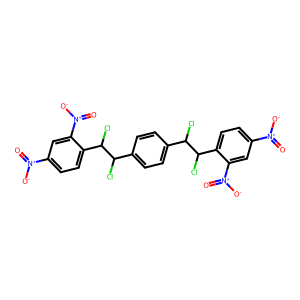
SMILES: O=[N+]([O-])c1ccc(C(Cl)C(Cl)c2ccc(C(Cl)C(Cl)c3ccc([N+](=O)[O-])cc3[N+](=O)[O-])cc2)c([N+](=O)[O-])c1
Inhibits HIV replication: No